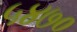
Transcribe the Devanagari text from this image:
५४७०